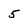
Character: 5